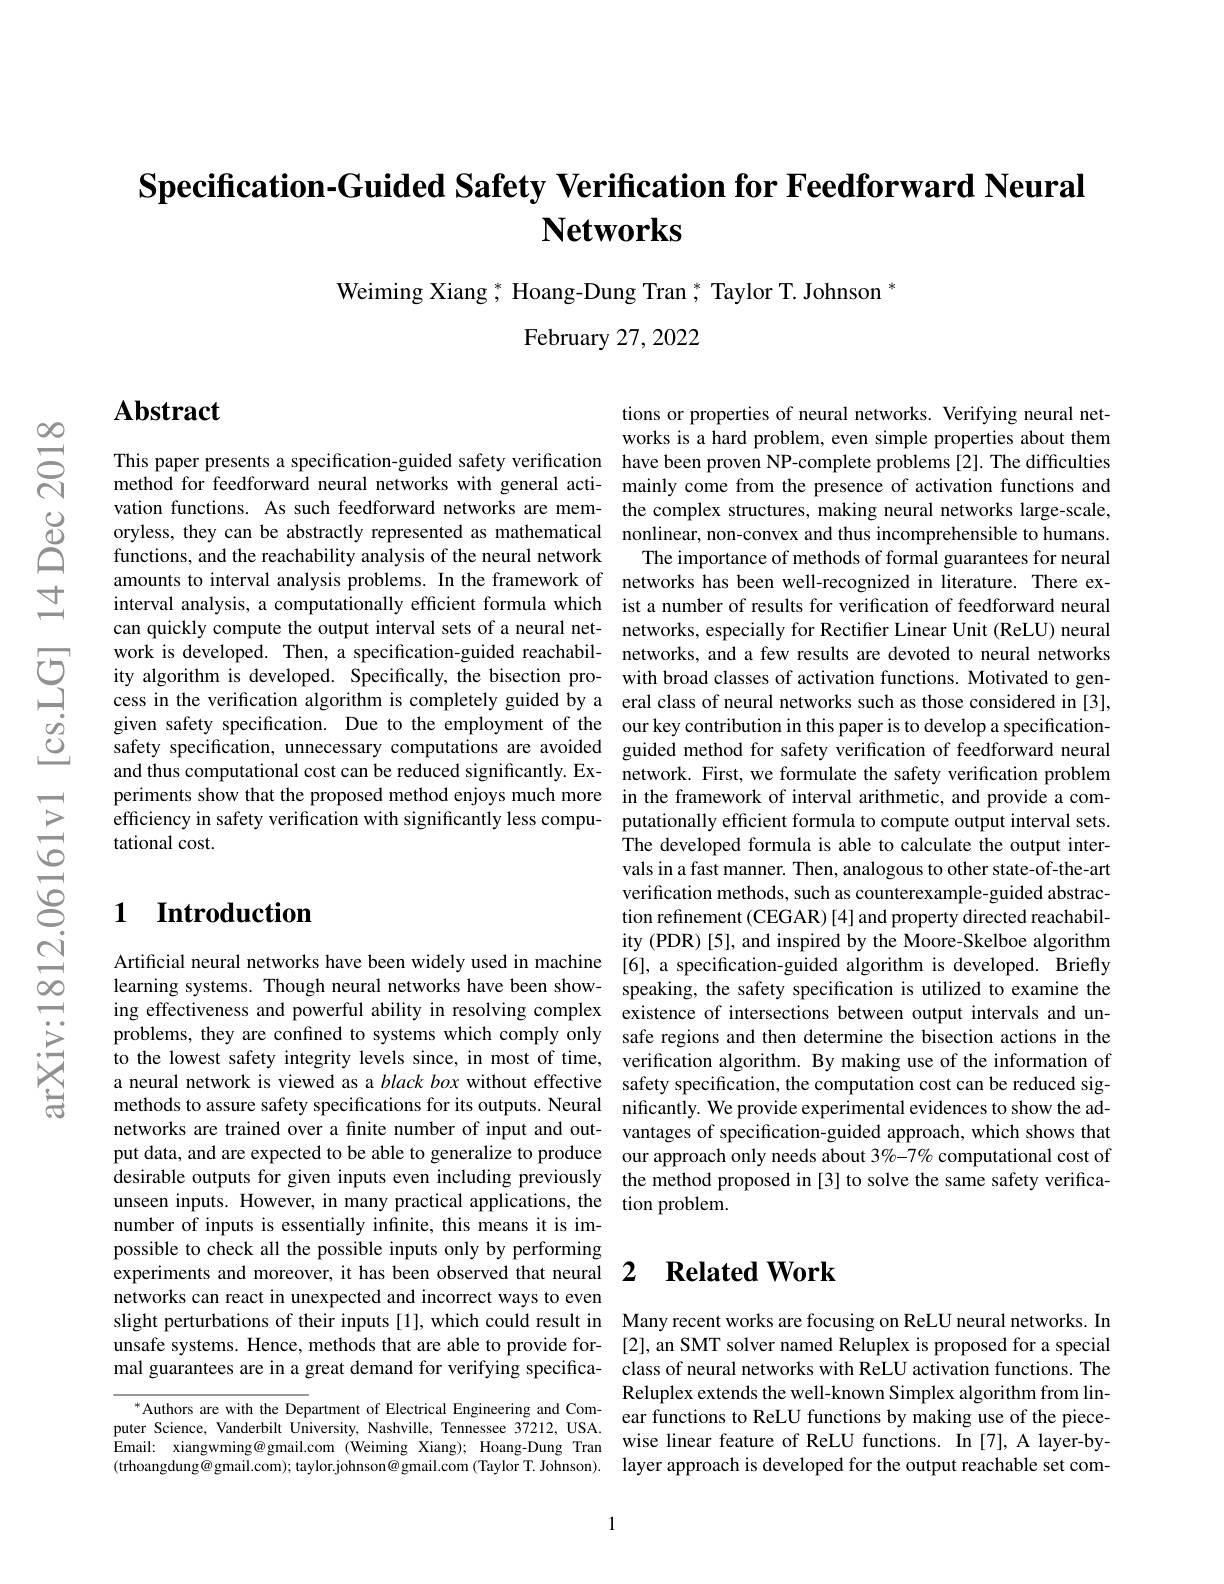
# Specification-Guided Safety Verification for Feedforward Neural $\mathbf{Networks}$

$\mathrm{Weiming~Xiang~}^*,\mathrm{~Hoang-Dung~Tran~}^*$ Taylor T. Johnson $^*$
February 27, 2022

$\mathbf{Abstract}$

This paper presents a specification-guided safety verification have been proven NP-complete problems[2]. The difficulties method for feedforward neural networks with general acti- mainly come from the presence of activation functions and vation functions. As such feedforward networks are mem- the complex structures, making neural networks large-scale, oryless, they can be abstractly represented as mathematical nonlinear, non-convex and thus incomprehensible to humans. functions, and the reachability analysis of the neural network
amounts to interval analysis problems. In the framework of networks has been well-recognized in literature. There exinterval analysis, a computationally efficient formula which ist a number of results for verification of feedforward neural can quickly compute the output interval sets of a neural net- networks, especially for Rectifier Linear Unit (ReLU) neural work is developed. Then, a specification-guided reachabil- networks, and a few results are devoted to neural networks ity algorithm is developed. Specifically, the bisection pro- with broad classes of activation functions. Motivated to gencess in the verification algorithm is completely guided by a eral class of neural networks such as those considered in [3], given safety specification. Due to the employment of the our key contribution in this paper is to develop a specificationsafety specification, unnecessary computations are avoided guided method for safety verification of feedforward neural and thus computational cost can be reduced significantly. Ex- network. First, we formulate the safety verification problem periments show that the proposed method enjoys much more in the framework of interval arithmetic, and provide a comefficiency in safety verification with significantly less compu- putationally efficient formula to compute output interval sets. tational cost.

tions or properties of neural networks. Verifying neural networks is a hard problem, even simple properties about them The importance of methods of formal guarantees for neural The developed formula is able to calculate the output intervals in a fast manner. Then, analogous to other state-of-the-art verification methods, such as counterexample-guided abstraction refinement (CEGAR) [4] and property directed reachability (PDR) [5], and inspired by the Moore-Skelboe algorithm
Artiffcial neural networks have been widely used in machine [6], a specification-guided algorithm is developed. Briefly learning systems. Though neural networks have been show- speaking, the safety specification is utilized to examine the ing effectiveness and powerful ability in resolving complex existence of intersections between output intervals and unproblems, they are confined to systems which comply only safe regions and then determine the bisection actions in the to the lowest safety integrity levels since, in most of time, verification algorithm. By making use of the information of a neural network is viewed as a $black\textit{ box without effective safety specification, the computation cost can be reduced sig- a neural network is viewed as a black box without effective safety specification, the computation cost can be reduced sig- a neur}$ methods to assure safety specifications for its outputs. Neural nificantly. We provide experimental evidences to show the ad-
vantages of specification-guided approach, which shows that
put data, and are expected to be able to generalize to produce our approach only needs about 3%-7% computational cost of desirable outputs for given inputs even including previously the method proposed in [3] to solve the same safety verificaunseen inputs. However, in many practical applications, the tion problem.

## $\textbf{1}$ $\textbf{Introduction}$

networks are trained over a finite number of input and outnumber of inputs is essentially infinite, this means it is impossible to check all the possible inputs only by performing experiments and moreover, it has been observed that neural 2 $\textbf{RelatedWork}$
networks can react in unexpected and incorrect ways to even
slight perturbations of their inputs[1], which could result in Many recent works are focusing on ReLU neural networks. In unsafe systems. Hence, methods that are able to provide for- [2], an SMT solver named Reluplex is proposed for a special mal guarantees are in a great demand for verifying specifica- class of neural networks with ReLU activation functions. The

Reluplex extends the well-known Simplex algorithm from linear functions to ReLU functions by making use of the piecewise linear feature of ReLU functions. In [7], A layer-bylayer approach is developed for the output reachable set com-

$^{*}$Authors are with the Department of Electrical Engineering and Computer Science, Vanderbilt University, Nashville, Tennessee 37212, USA. Email: xiangwming@gmail.com (Weiming Xiang); Hoang-Dung Tran (trhoangdung@gmail.com); taylor.johnson@gmail.com (Taylor T. Johnson).

1